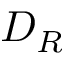
D _ { R }